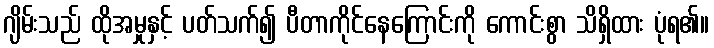
ဂျိမ်းသည် ထိုအမှုနှင့် ပတ်သက်၍ ပီတာကိုင်နေကြောင်းကို ကောင်းစွာ သိရှိထား ပုံရ၏။